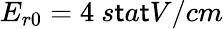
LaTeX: E_{r0}=4~{s\mathsf{t}a\mathsf{t}V/cm}